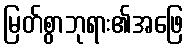
မြတ်စွာဘုရား၏အဖြေ